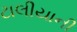
ટાલીયાની